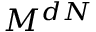
M ^ { d N }